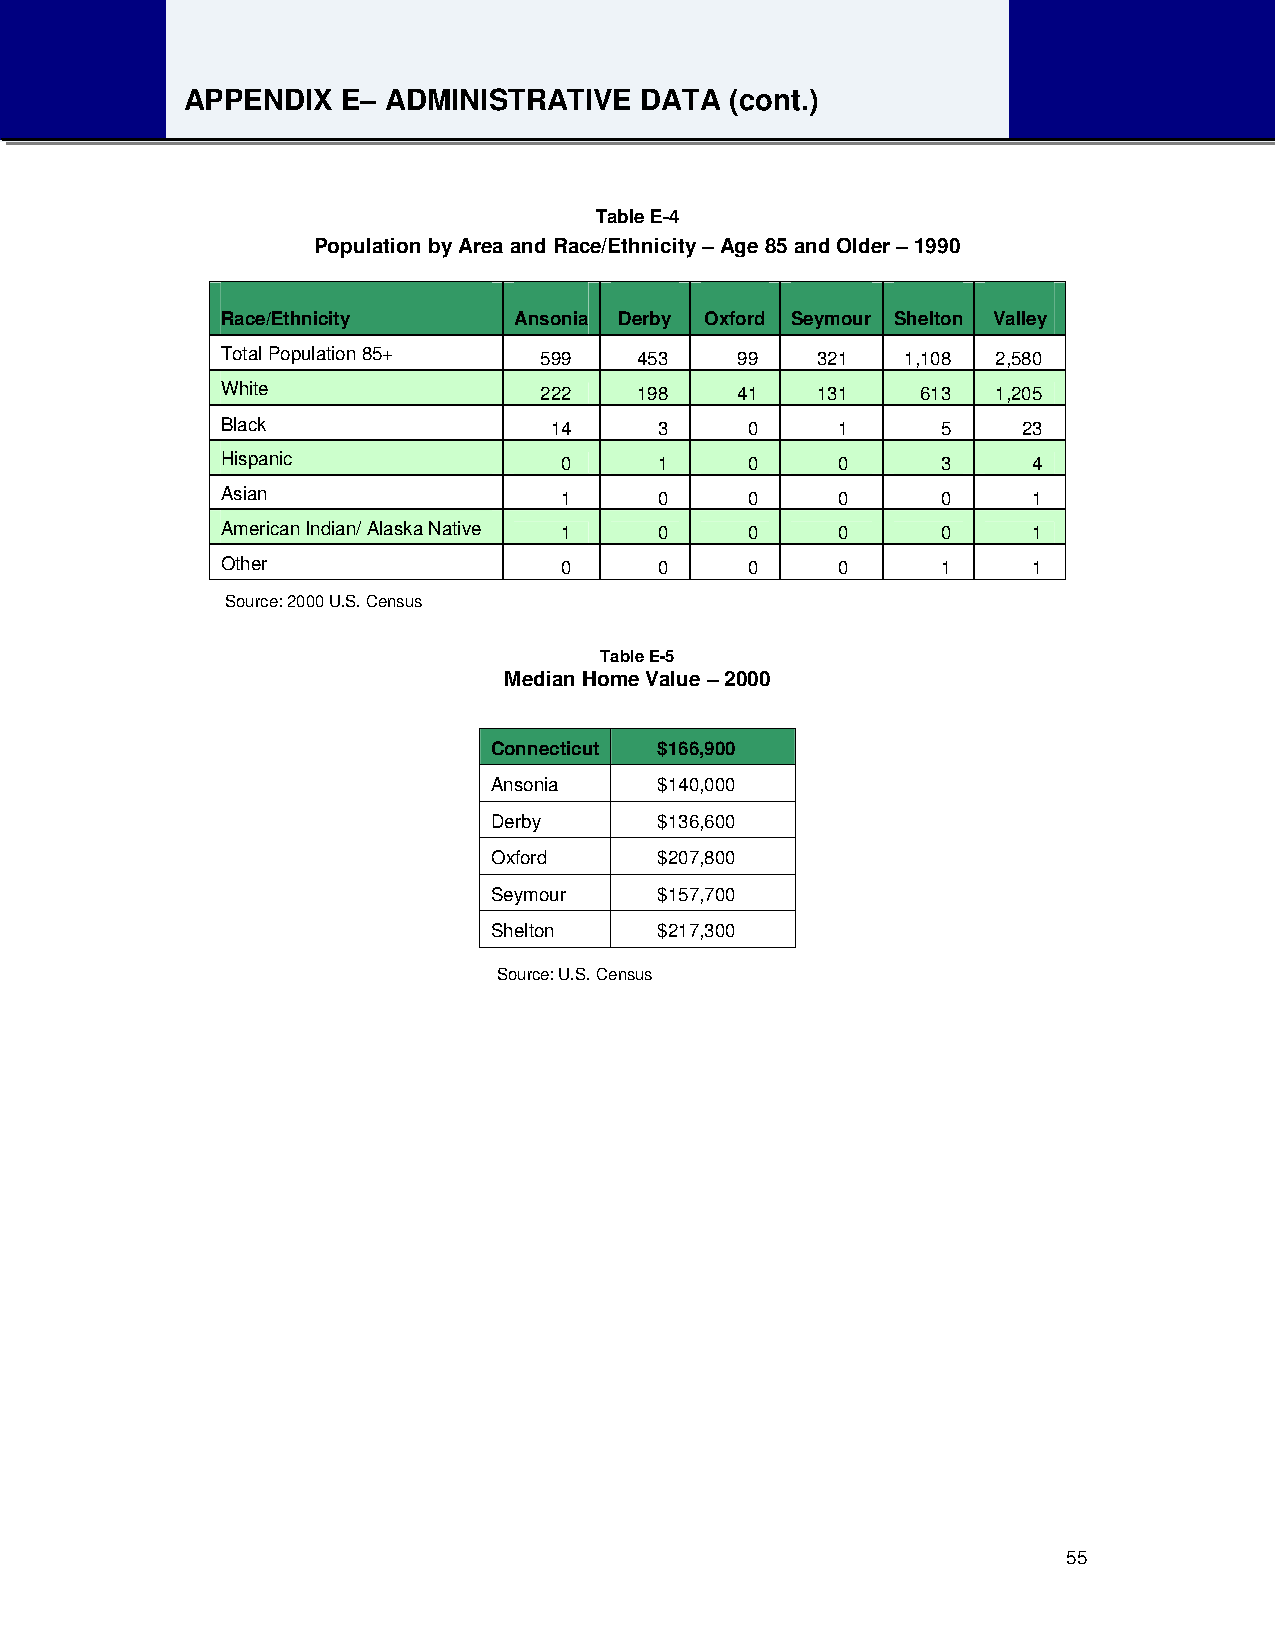
APPENDIX   E– ADMINISTRATIVE  DATA  (cont.)
 Table E-4
 Population by Area and Race/Ethnicity – Age 85 and Older – 1990
 Race/Ethnicity     Ansonia Derby Oxford Seymour Shelton Valley
 Total Population 85+ 599   453    99   321   1,108 2,580
 White                222   198    41   131    613  1,205
 Black                14      3     0    1      5     23
 Hispanic              0      1     0    0      3     4
 Asian                 1      0     0    0      0     1
 American Indian/ Alaska Native 1 0 0    0      0     1
 Other                 0      0     0    0      1     1
 Source: 2000 U.S. Census
 Table E-5
 Median Home Value – 2000
 Connecticut $166,900
 Ansonia    $140,000
 Derby      $136,600
 Oxford     $207,800
 Seymour    $157,700
 Shelton    $217,300
 Source: U.S. Census
 55